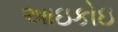
આઇકોઇ